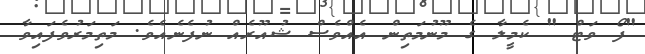
"ފޯ ވަޓް " ކެމީލާ ގެ މޫނުމަތިން އެއްވެސް ޝުއޫރެއް ނުފެނެއެވެ. މަތިމަރުވެފައިވާ